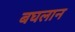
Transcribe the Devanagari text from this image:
बघलान